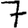
Digit: 7